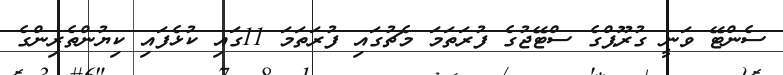
ސެންޓޭ ވަނީ ގުރޫޕްގެ ސްޓޭޖުގެ ފުރަތަމަ މެޗުގައި ފުރަތަމަ 11ގައި ކުޅެފައި ކިޔުންތެރިންގެ